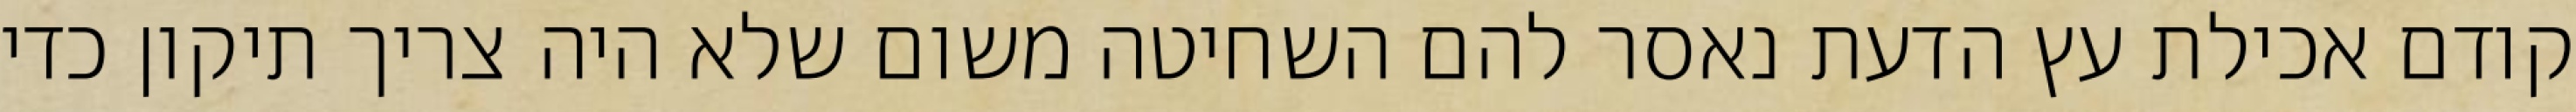
קודם אכילת עץ הדעת נאסר להם השחיטה משום שלא היה צריך תיקון כדי